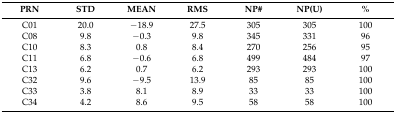
<table><thead><tr><td><b>PRN</b></td><td><b>STD</b></td><td><b>MEAN</b></td><td><b>RMS</b></td><td><b>NP#</b></td><td><b>NP(U)</b></td><td><b>%</b></td></tr></thead><tbody><tr><td>C01</td><td>20.0</td><td>−18.9</td><td>27.5</td><td>305</td><td>305</td><td>100</td></tr><tr><td>C08</td><td>9.8</td><td>−0.3</td><td>9.8</td><td>345</td><td>331</td><td>96</td></tr><tr><td>C10</td><td>8.3</td><td>0.8</td><td>8.4</td><td>270</td><td>256</td><td>95</td></tr><tr><td>C11</td><td>6.8</td><td>−0.6</td><td>6.8</td><td>499</td><td>484</td><td>97</td></tr><tr><td>C13</td><td>6.2</td><td>0.7</td><td>6.2</td><td>293</td><td>293</td><td>100</td></tr><tr><td>C32</td><td>9.6</td><td>−9.5</td><td>13.9</td><td>85</td><td>85</td><td>100</td></tr><tr><td>C33</td><td>3.8</td><td>8.1</td><td>8.9</td><td>33</td><td>33</td><td>100</td></tr><tr><td>C34</td><td>4.2</td><td>8.6</td><td>9.5</td><td>58</td><td>58</td><td>100</td></tr></tbody></table>